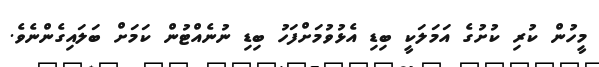
މީހުން ކުރި ކުށުގެ އަމަލަކީ ބިޑި އެޅުވުމަށްފަހު ބިޑި ނުނެއްޓުން ކަމަށް ބަލައިގެންނެވެ.